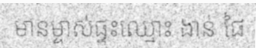
មានម្ចាស់ផ្ទះឈ្មោះ ងាន់ ផៃ